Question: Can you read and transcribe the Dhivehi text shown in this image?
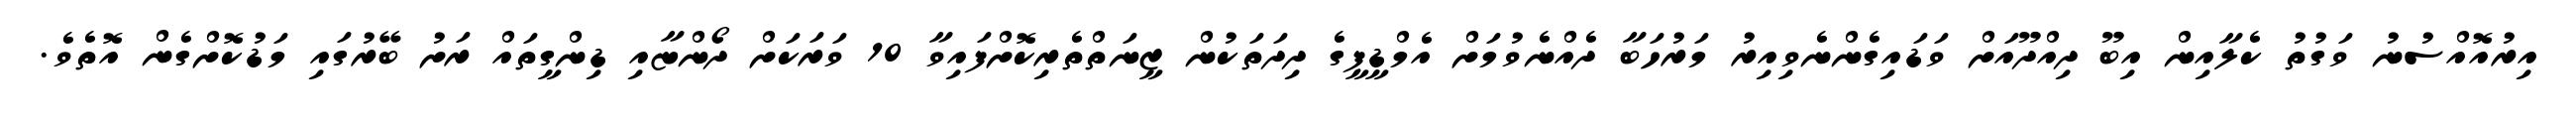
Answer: އިރުއޮއްސުނު ވަގުތު ކެލާއިން އިބޫ ދިއްދޫއަށް ވަޑައިގެންނެވިއިރު މަރުހަބާ ދެއްނެވުމަށް އެމްޑީޕީގެ ދިދަތަކުން ޒީނަތްތެރިކޮށްފައިވާ 10 ވަރަކަށް ދޯންޏާއި ޑިންގީތައް ރަށު ބޭރުގައި މަޑުކޮށްގެން އޮތެވެ.